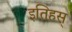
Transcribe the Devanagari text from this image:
इतिहस्